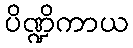
ပိဏ္ဍိကာယ